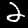
Label: 2